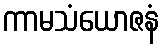
ကာမသံယောဇနံ